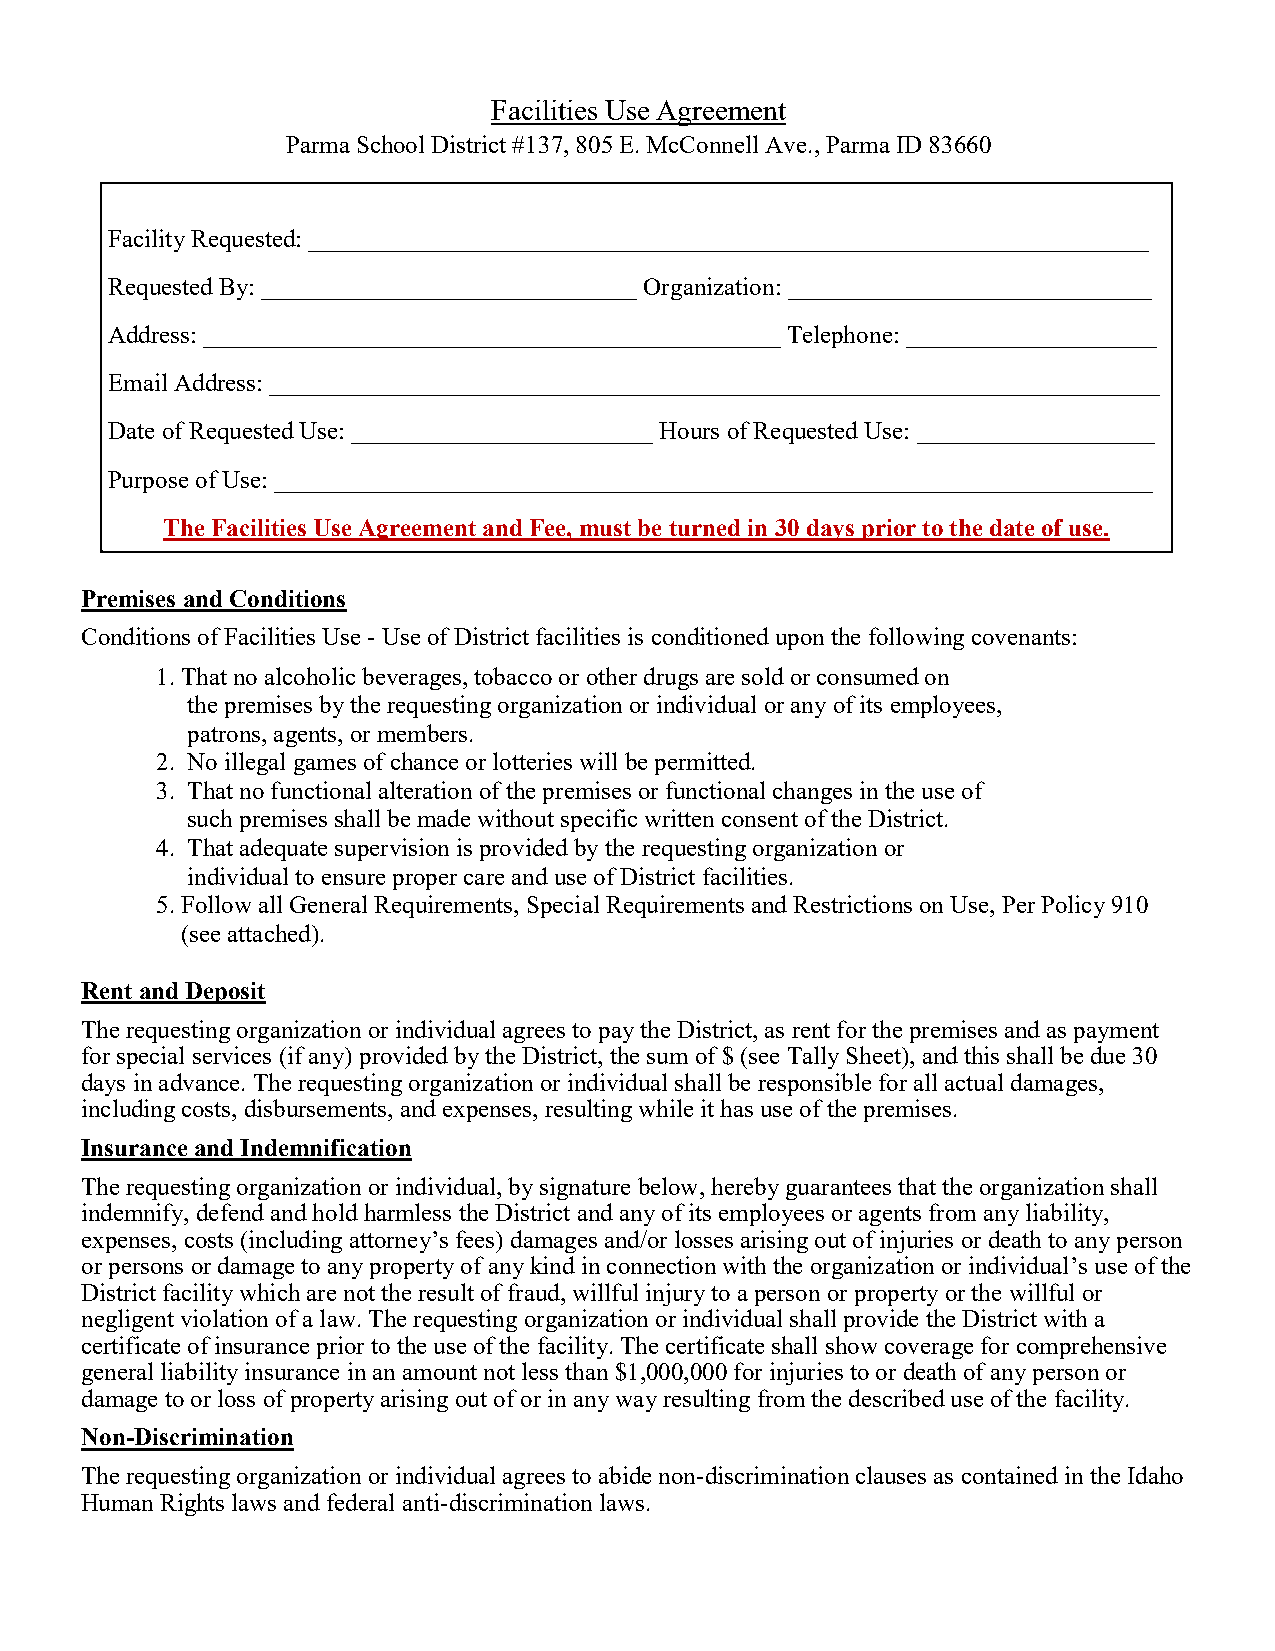
Facilities Use Agreement
 Parma School District #137, 805 E. McConnell Ave., Parma ID 83660
 Facility Requested: ___________________________________________________________________
 Requested By: ______________________________ Organization: _____________________________
 Address: ______________________________________________ Telephone: ____________________
 Email Address: _______________________________________________________________________
 Date of Requested Use: ________________________ Hours of Requested Use: ___________________
 Purpose of Use: ______________________________________________________________________
 The Facilities Use Agreement and Fee, must be turned in 30 days prior to the date of use.
 Premises and Conditions
 Conditions of Facilities Use - Use of District facilities is conditioned upon the following covenants:
 1. That no alcoholic beverages, tobacco or other drugs are sold or consumed on
 the premises by the requesting organization or individual or any of its employees,
 patrons, agents, or members.
 2. No illegal games of chance or lotteries will be permitted.
 3. That no functional alteration of the premises or functional changes in the use of
 such premises shall be made without specific written consent of the District.
 4. That adequate supervision is provided by the requesting organization or
 individual to ensure proper care and use of District facilities.
 5. Follow all General Requirements, Special Requirements and Restrictions on Use, Per Policy 910
 (see attached).
 Rent and Deposit
 The requesting organization or individual agrees to pay the District, as rent for the premises and as payment
 for special services (if any) provided by the District, the sum of $ (see Tally Sheet), and this shall be due 30
 days in advance. The requesting organization or individual shall be responsible for all actual damages,
 including costs, disbursements, and expenses, resulting while it has use of the premises.
 Insurance and Indemnification
 The requesting organization or individual, by signature below, hereby guarantees that the organization shall
 indemnify, defend and hold harmless the District and any of its employees or agents from any liability,
 expenses, costs (including attorney’s fees) damages and/or losses arising out of injuries or death to any person
 or persons or damage to any property of any kind in connection with the organization or individual’s use of the
 District facility which are not the result of fraud, willful injury to a person or property or the willful or
 negligent violation of a law. The requesting organization or individual shall provide the District with a
 certificate of insurance prior to the use of the facility. The certificate shall show coverage for comprehensive
 general liability insurance in an amount not less than $1,000,000 for injuries to or death of any person or
 damage to or loss of property arising out of or in any way resulting from the described use of the facility.
 Non-Discrimination
 The requesting organization or individual agrees to abide non-discrimination clauses as contained in the Idaho
 Human Rights laws and federal anti-discrimination laws.